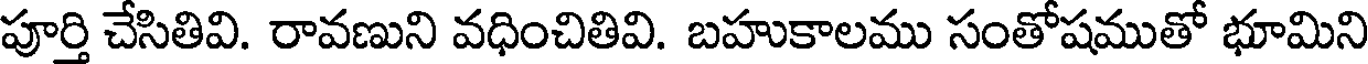
పూర్తి చేసితివి. రావణుని వధించితివి. బహుకాలము సంతోషముతో భూమిని